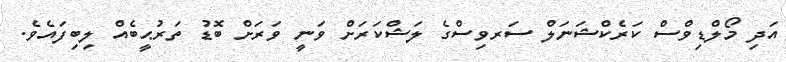
އަދި މޯލްޑިވްސް ކަރެކްޝަނަލް ސަރވިސްގެ ލަޝްކަރަށް ވަނީ ވަރަށް ބޮޑު ތަރުޙީބެއް ލިބިފައެވެ.